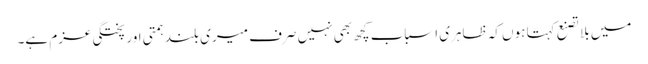
میں بلا تصنع کہتا ہوں کہ ظاہری اسباب کچھ بھی نہیں صرف میری بلند ہمتی اور پختگی عزم ہے۔